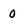
Character: 0